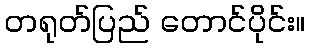
တရုတ်ပြည် တောင်ပိုင်း။